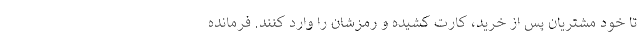
تا خود مشتریان پس از خرید، کارت کشیده و رمزشان را وارد کنند. فرمانده